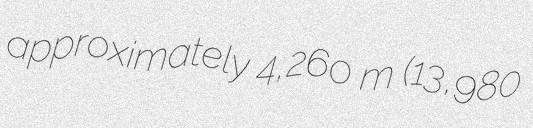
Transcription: approximately 4,260 m (13,980